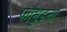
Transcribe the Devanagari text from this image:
फौमुइना